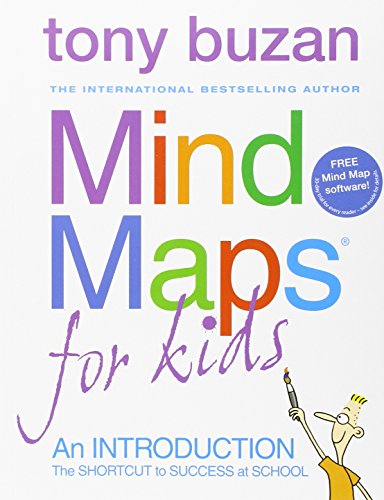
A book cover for Mind Maps For Kids: An Introduction; Tony Buzan; Test Preparation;